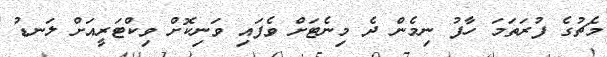
މެޗުގެ ފުރަތަމަ ހާފު ނިމެން ދެ މިނެޓަށް ވެފައި ވަނިކޮށް ވިކްޓަރީއަށް ލަނޑު